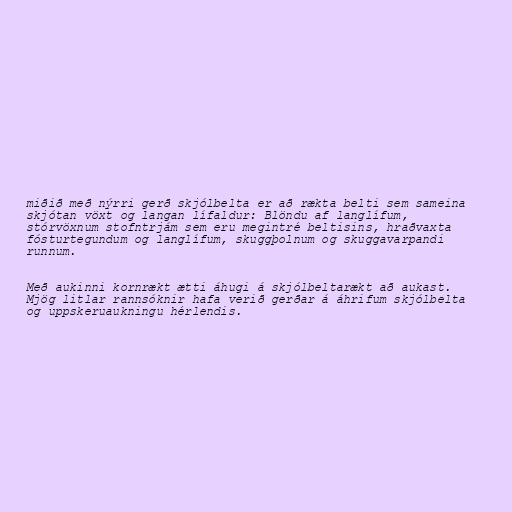
miðið með nýrri gerð skjólbelta er að rækta belti sem sameina
skjótan vöxt og langan lífaldur: Blöndu af langlífum,
stórvöxnum stofntrjám sem eru megintré beltisins, hraðvaxta
fósturtegundum og langlífum, skuggþolnum og skuggavarpandi
runnum.

Með aukinni kornrækt ætti áhugi á skjólbeltarækt að aukast.
Mjög litlar rannsóknir hafa verið gerðar á áhrifum skjólbelta
og uppskeruaukningu hérlendis.